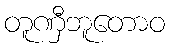
တူဏှီဘူတောဝ